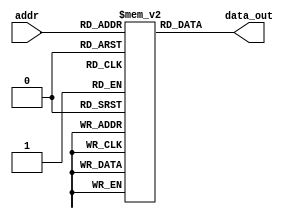
`timescale 1ns / 1ps
//////////////////////////////////////////////////////////////////////////////////
// Company: 
// Engineer: 
// 
// Design Name: 
// Module Name: InstMem
// Project Name: 
// Target Devices: 
// Tool Versions: 
// Description: 
// 
// Dependencies: 
// 
// Revision:
// Revision 0.01 - File Created
// Additional Comments:
// 
//////////////////////////////////////////////////////////////////////////////////

module InstMem (input [5:0] addr, output [31:0] data_out);
    reg [31:0] mem [0:63];
    
    initial begin
        mem[0]=32'b00000000100100010110000010110011;
        mem[1]=32'b00000000100100010000000010110011;
    end
     
    assign data_out = mem[addr];
endmodule